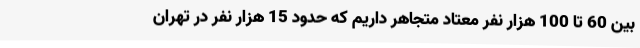
بین 60 تا 100 هزار نفر معتاد متجاهر داریم که حدود 15 هزار نفر در تهران